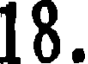
18.